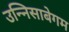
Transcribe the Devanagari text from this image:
उन्निसाबेगम